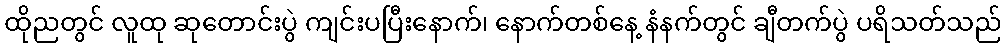
ထိုညတွင် လူထု ဆုတောင်းပွဲ ကျင်းပပြီးနောက်၊ နောက်တစ်နေ့ နံနက်တွင် ချီတက်ပွဲ ပရိသတ်သည်